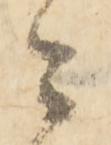
々